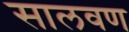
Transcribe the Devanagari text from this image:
सालवण